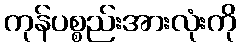
ကုန်ပစ္စည်းအားလုံးကို